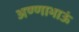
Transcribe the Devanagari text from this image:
अण्णाभाऊं